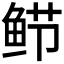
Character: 𬶎